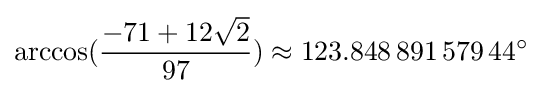
\arccos({\frac {-71+12{\sqrt {2}}}{97}})\approx 123.848\,891\,579\,44^{\circ }